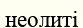
неолиті